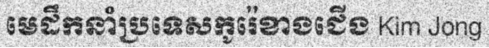
មេដឹកនាំប្រទេសកូរ៉េខាងជើង Kim Jong